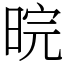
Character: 晥